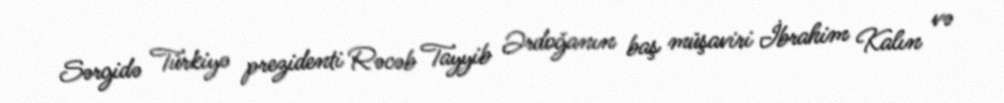
Sərgidə Türkiyə prezidenti Rəcəb Tayyib Ərdoğanın baş müşaviri İbrahim Kalın və